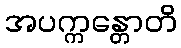
အပက္ကန္တောတိ